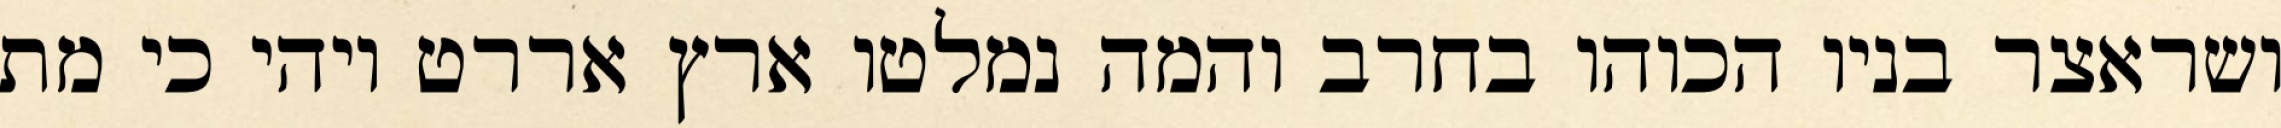
ושראצר בניו הכוהו בחרב והמה נמלטו ארץ אררט ויהי כי מת